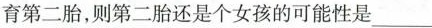
育第二胎，则第二胎还是个女孩的可能性是___